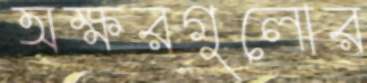
অক্ষরগুলোর